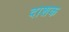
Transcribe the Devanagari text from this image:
दाशक